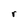
Character: r